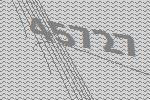
45727